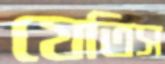
যেতিস